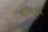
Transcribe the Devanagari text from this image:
गोथिॲब